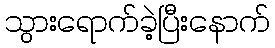
သွားရောက်ခဲ့ပြီးနောက်